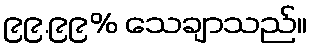
၉၉.၉၉% သေချာသည်။